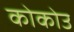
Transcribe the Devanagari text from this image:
कोकोउ